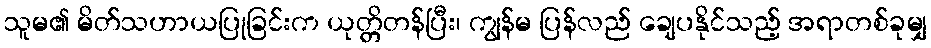
သူမ၏ မိတ်သဟာယပြုခြင်းက ယုတ္တိတန်ပြီး၊ ကျွန်မ ပြန်လည် ချေပနိုင်သည့် အရာတစ်ခုမျှ